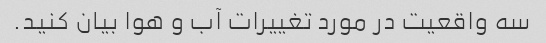
سه واقعیت در مورد تغییرات آب و هوا بیان کنید.